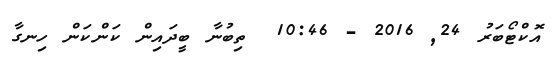
އޮކްޓޯބަރު 24